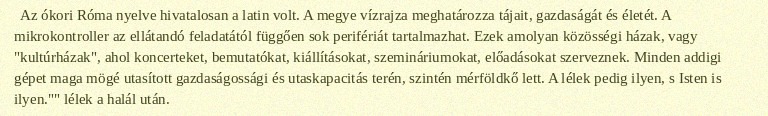
Az ókori Róma nyelve hivatalosan a latin volt. A megye vízrajza meghatározza tájait, gazdaságát és életét. A mikrokontroller az ellátandó feladatától függően sok perifériát tartalmazhat. Ezek amolyan közösségi házak, vagy "kultúrházak", ahol koncerteket, bemutatókat, kiállításokat, szemináriumokat, előadásokat szerveznek. Minden addigi gépet maga mögé utasított gazdaságossági és utaskapacitás terén, szintén mérföldkő lett. A lélek pedig ilyen, s Isten is ilyen."" lélek a halál után.